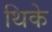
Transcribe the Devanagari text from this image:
थिके